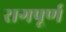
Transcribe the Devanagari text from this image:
रागपूर्ण